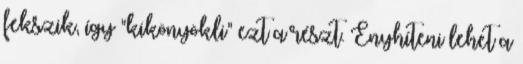
fekszik, így "kikönyökli" ezt a részt. Enyhíteni lehet a